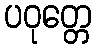
ပဝုတ္တေ